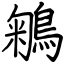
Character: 鵴